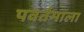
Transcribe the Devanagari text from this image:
पवर्तमाला